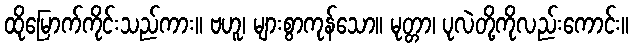
ထိုမြောက်ကိုင်းသည်ကား။ ဗဟူ၊ များစွာကုန်သော။ မုတ္တာ၊ ပုလဲတို့ကိုလည်းကောင်း။